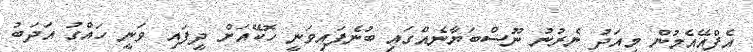
އެފްއޭއެމުން މިއަދު ނެރުނު ނޫސްބަޔާނެއްގައި ބުނެފައިވަނީ ހޮކޭއަށް ދީފައި ވަނީ ހައްގު އަދަބު